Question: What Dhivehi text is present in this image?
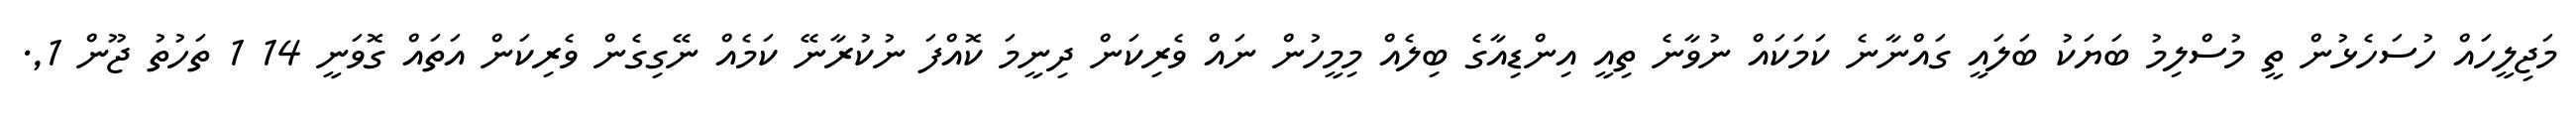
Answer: މަޖިލީހައް ހުސަހެޅުން ތީ މުސްލިމު ބަޔަކު ބަލައީ ގައްނާނެ ކަމަކައް ނުވާނެ ތިއީ އިންޑިއާގެ ބިލެއް މިމީހުން ނައް ވެރިކަން ދިނީމަ ކޮއްފަ ނުކުރާނޭ ކަމެއް ނޭގިގެން ވެރިކަން އަތައް ގޮވަނީ 14 1 ތަހުތު ޖޫން 1,.